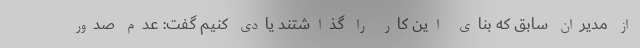
از مدیران سابق که بنای این کار را گذاشتند یادی کنیم گفت: عدم صدور